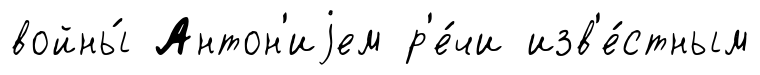
войны́ Антон'иjем р'е́чи изв'е́стным